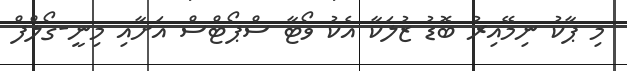
މި ޕާކު ނިމޭއިރު ބޮޑު ޒުލަކާ އެކު ވޯޓާ ސްޕޯޓްސް އަށާއި މިނީ-ގޯލްފް